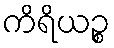
ကိရိယဉ္စ